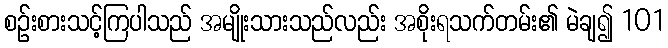
စဉ်းစားသင့်ကြပါသည် အမျိုးသားသည်လည်း အစိုးရသက်တမ်း၏ မဲချ၍ 101